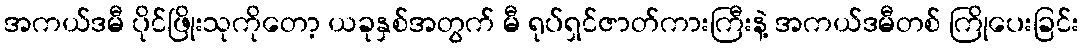
အကယ်ဒမီ ပိုင်ဖြိုးသုကိုတော့ ယခုနှစ်အတွက် မီ ရုပ်ရှင်ဇာတ်ကားကြီးနဲ့ အကယ်ဒမီတစ် ကြိုပေးခြင်း